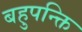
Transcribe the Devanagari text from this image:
बहुपन्क्ति